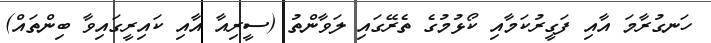
ހަނގުރާމަ އާއި ފަގީރުކަމާއި ކޯޅުމުގެ ތެރޭގައި ލަވާންތު (ސީރިއާ އާއި ކައިރީގައިވާ ބިންތައް)